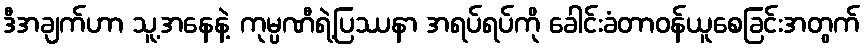
ဒီအချက်ဟာ သူ့အနေနဲ့ ကုမ္ပဏီရဲ့ပြဿနာ အရပ်ရပ်ကို ခေါင်းခံတာဝန်ယူစေခြင်းအတွက်